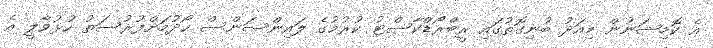
އެ ކޮމިޝަނުން މިއަދު ބުނިގޮތުގައި ރީބްރޯޑްކާސްޓު ކުރުމުގެ ލައިންސަންސް ހޯދުމަށްފުރުސަތު ހުޅުވާލީ އެ